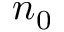
n _ { 0 }